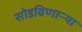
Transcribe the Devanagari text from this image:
सोडविणाऱ्या